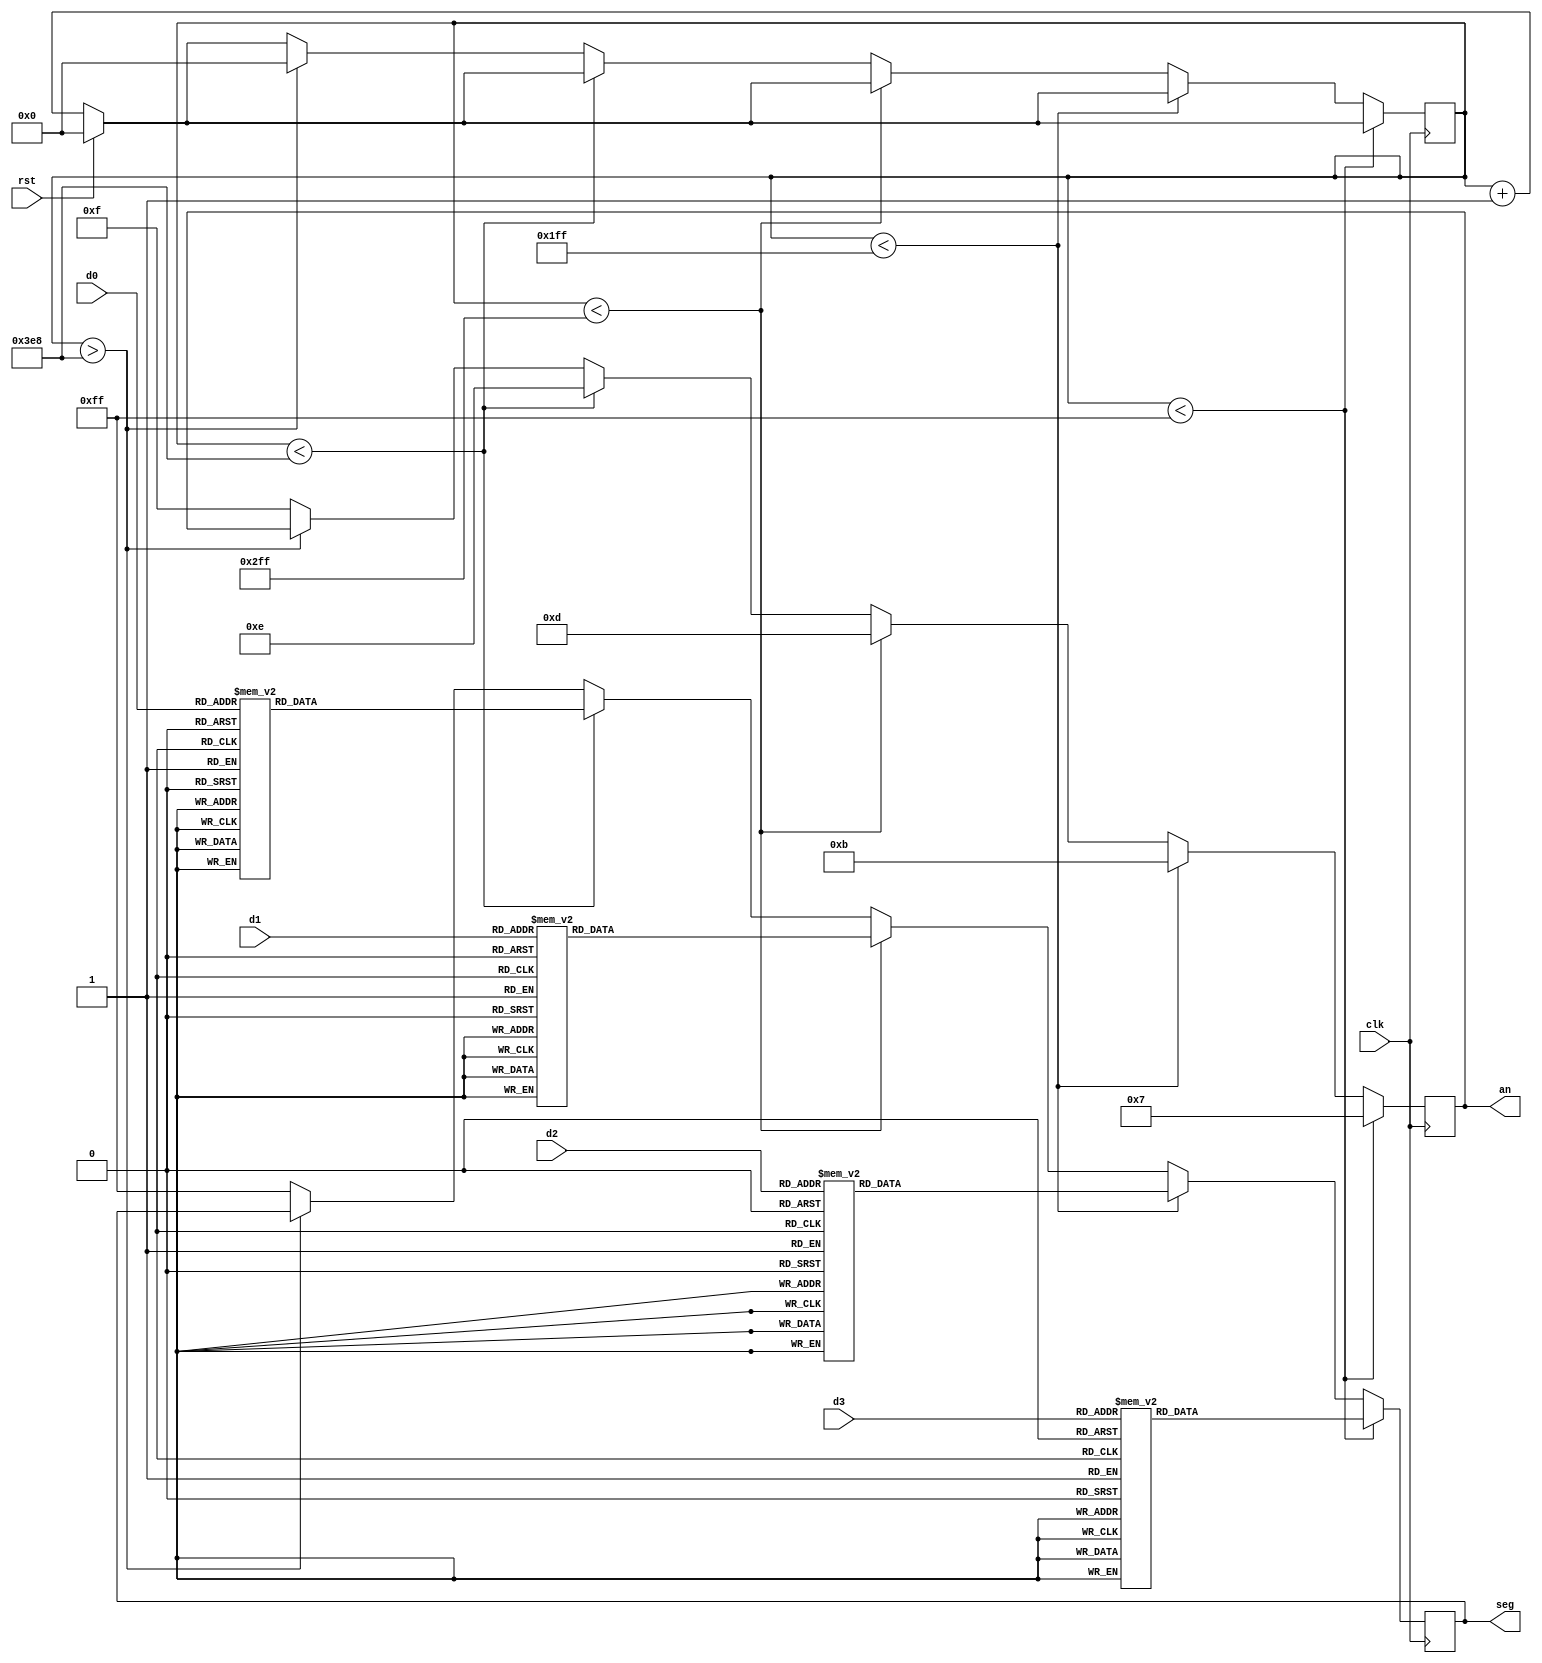
`timescale 1ns / 1ps
module SevenSegmentDisplay(
    input clk,
	 input rst,
    input [3:0] d0,
    input [3:0] d1,
    input [3:0] d2,
    input [3:0] d3,
    output reg [7:0] seg,
    output reg [3:0] an
    );

	reg [9:0] count = 0;
	reg [7:0] d0_seg, d1_seg, d2_seg, d3_seg;

	always @(posedge(clk)) begin
		if (rst)	count <= 0;
		else		count <= count + 1;
		
		if (count < 255) begin
			seg <= d3_seg;
			an <= 4'b0111;
		end else if (count < 511) begin
			seg <= d2_seg;
			an <= 4'b1011;
		end else if (count < 767) begin
			seg <= d1_seg;
			an <= 4'b1101;
		end else if (count < 1000) begin
			seg <= d0_seg;
			an <= 4'b1110;
		end else if (count > 1000) begin
			count <= 0;
		end
		else begin
			an <= 4'b1111;
			seg <= 8'b11111111;
		end
	end
	
	always @(d0, d1, d2, d3) begin
		case (d0)
			4'b0000: d0_seg <= 8'b11000000;
			4'b0001: d0_seg <= 8'b11111001;
			4'b0010: d0_seg <= 8'b10100100;
			4'b0011: d0_seg <= 8'b10110000;
			4'b0100: d0_seg <= 8'b10011001;
			4'b0101: d0_seg <= 8'b10010010;
			4'b0110: d0_seg <= 8'b10000010;
			4'b0110: d0_seg <= 8'b11111000;
			4'b1000: d0_seg <= 8'b10000000;
			4'b1001: d0_seg <= 8'b10010000;
			4'b1010: d0_seg <= 8'b10001000;
			4'b1011: d0_seg <= 8'b10000011;
			4'b1100: d0_seg <= 8'b10100111;
			4'b1101: d0_seg <= 8'b10100001;
			4'b1110: d0_seg <= 8'b10000110;
			4'b1111: d0_seg <= 8'b10001110;
			default: d0_seg <= 8'b11111111;
		endcase
				case (d1)
			4'b0000: d1_seg <= 8'b11000000;
			4'b0001: d1_seg <= 8'b11111001;
			4'b0010: d1_seg <= 8'b10100100;
			4'b0011: d1_seg <= 8'b10110000;
			4'b0100: d1_seg <= 8'b10011001;
			4'b0101: d1_seg <= 8'b10010010;
			4'b0110: d1_seg <= 8'b10000010;
			4'b0110: d1_seg <= 8'b11111000;
			4'b1000: d1_seg <= 8'b10000000;
			4'b1001: d1_seg <= 8'b10010000;
			4'b1010: d1_seg <= 8'b10001000;
			4'b1011: d1_seg <= 8'b10000011;
			4'b1100: d1_seg <= 8'b10100111;
			4'b1101: d1_seg <= 8'b10100001;
			4'b1110: d1_seg <= 8'b10000110;
			4'b1111: d1_seg <= 8'b10001110;
			default: d1_seg <= 8'b11111111;
		endcase
				case (d2)
			4'b0000: d2_seg <= 8'b11000000;
			4'b0001: d2_seg <= 8'b11111001;
			4'b0010: d2_seg <= 8'b10100100;
			4'b0011: d2_seg <= 8'b10110000;
			4'b0100: d2_seg <= 8'b10011001;
			4'b0101: d2_seg <= 8'b10010010;
			4'b0110: d2_seg <= 8'b10000010;
			4'b0110: d2_seg <= 8'b11111000;
			4'b1000: d2_seg <= 8'b10000000;
			4'b1001: d2_seg <= 8'b10010000;
			4'b1010: d2_seg <= 8'b10001000;
			4'b1011: d2_seg <= 8'b10000011;
			4'b1100: d2_seg <= 8'b10100111;
			4'b1101: d2_seg <= 8'b10100001;
			4'b1110: d2_seg <= 8'b10000110;
			4'b1111: d2_seg <= 8'b10001110;
			default: d2_seg <= 8'b11111111;
		endcase
		case (d3)
			4'b0000: d3_seg <= 8'b11000000;
			4'b0001: d3_seg <= 8'b11111001;
			4'b0010: d3_seg <= 8'b10100100;
			4'b0011: d3_seg <= 8'b10110000;
			4'b0100: d3_seg <= 8'b10011001;
			4'b0101: d3_seg <= 8'b10010010;
			4'b0110: d3_seg <= 8'b10000010;
			4'b0110: d3_seg <= 8'b11111000;
			4'b1000: d3_seg <= 8'b10000000;
			4'b1001: d3_seg <= 8'b10010000;
			4'b1010: d3_seg <= 8'b10001000;
			4'b1011: d3_seg <= 8'b10000011;
			4'b1100: d3_seg <= 8'b10100111;
			4'b1101: d3_seg <= 8'b10100001;
			4'b1110: d3_seg <= 8'b10000110;
			4'b1111: d3_seg <= 8'b10001110;
			default: d3_seg <= 8'b11111111;
		endcase
	end
endmodule